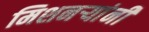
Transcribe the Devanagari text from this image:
मिशनर्‍यांनी